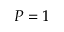
P = 1